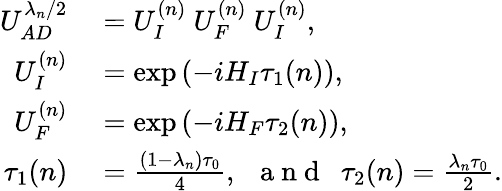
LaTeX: \begin{array}{rl}{U_{AD}^{\lambda_{n}/2}}&{{}=U_{I}^{{(n)}}~U_{F}^{{(n)}}~U_{I}^{{(n)}},}\\ {U_{I}^{{(n)}}}&{{}=\exp\left(-iH_{I}\tau_{1}{(n)}\right),}\\ {U_{F}^{{(n)}}}&{{}=\exp\left(-iH_{F}\tau_{2}{(n)}\right),}\\ {\tau_{1}{(n)}}&{{}=\frac{(1-\lambda_{n})\tau_{0}}{4},~~\mathrm{~a~n~d~}~~\tau_{2}{(n)}=\frac{\lambda_{n}\tau_{0}}{2}.}\end{array}